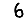
Digit: 6